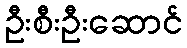
ဦးစီးဦးဆောင်